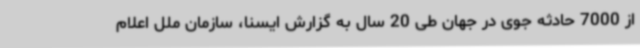
از 7000 حادثه جوی در جهان طی 20 سال به گزارش ایسنا، سازمان ملل اعلام